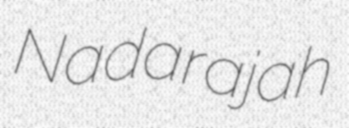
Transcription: Nadarajah